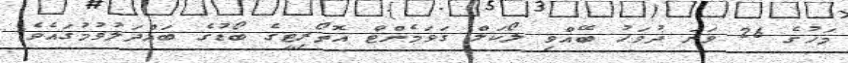
މަހުގެ 26 ވަނަ ދުވަހު ބޭއްވި ލޯކަލް ގަވަމެންޓް އޮތޯރިޓީގެ ބޯޑުގެ ބައްދަލުވުމުގައެވެ.